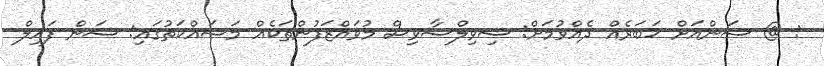
: @ ސަންއަށް ޚަބަރެއް ދެއްވުމަށް: ސިވިލްސާވިސް މުވައްޒަފުންތަކެއް މަސައްކަތުގައި: ސަން ފައިލް